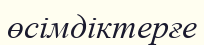
өсімдіктерғе